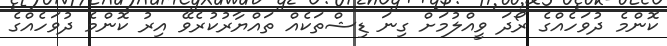
ކޮންމެ ދުވަހެއްގެ ރޯދަ ވީއްލުމަށް ގިނަ ޑިޝްތަކެއް ތައްޔާރުކުރެވޭ އިރު ކޮންމެ ދުވަހެއްގެ